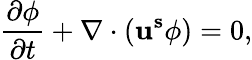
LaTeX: \frac{\partial\phi}{\partial t}+\nabla\cdot(\mathbf{u^{s}}\phi)=0,